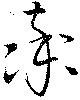
率